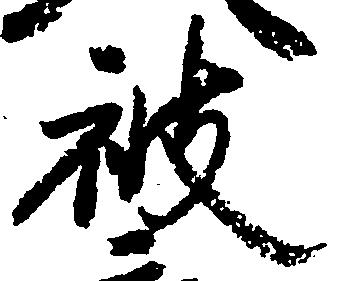
被